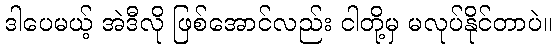
ဒါပေမယ့် အဲဒီလို ဖြစ်အောင်လည်း ငါတို့မှ မလုပ်နိုင်တာပဲ။